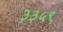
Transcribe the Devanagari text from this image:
३३५९